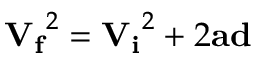
{ \mathbf { V _ { f } } } ^ { 2 } = { \mathbf { V _ { i } } } ^ { 2 } + 2 { \mathbf { a } } \mathbf { d }